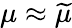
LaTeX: \mu\approx\widetilde{\mu}